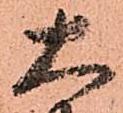
大